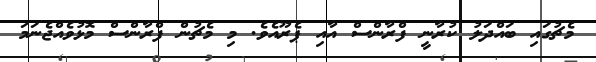
މެޗުގައި ބައްދަލު ކުރާނީ ފްރާންސް އާއި ޕެރޫއެވެ. މި މެޗުން ފްރާންސް މޮޅުވެއްޖެނަމަ